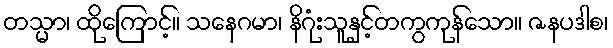
တသ္မာ၊ ထိုကြောင့်။ သနေဂမာ၊ နိဂုံးသူနှင့်တကွကုန်သော။ ဇနပဒါစ၊